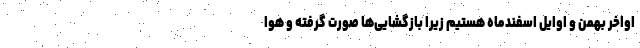
اواخر بهمن و اوایل اسفندماه هستیم زیرا بازگشایی‌ها صورت گرفته و هوا